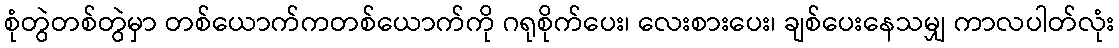
စုံတွဲတစ်တွဲမှာ တစ်ယောက်ကတစ်ယောက်ကို ဂရုစိုက်ပေး၊ လေးစားပေး၊ ချစ်ပေးနေသမျှ ကာလပါတ်လုံး